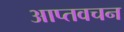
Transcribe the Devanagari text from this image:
आप्तवचन